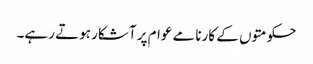
حکومتوں کے کارنامے عوام پر آشکار ہوتے رہے۔